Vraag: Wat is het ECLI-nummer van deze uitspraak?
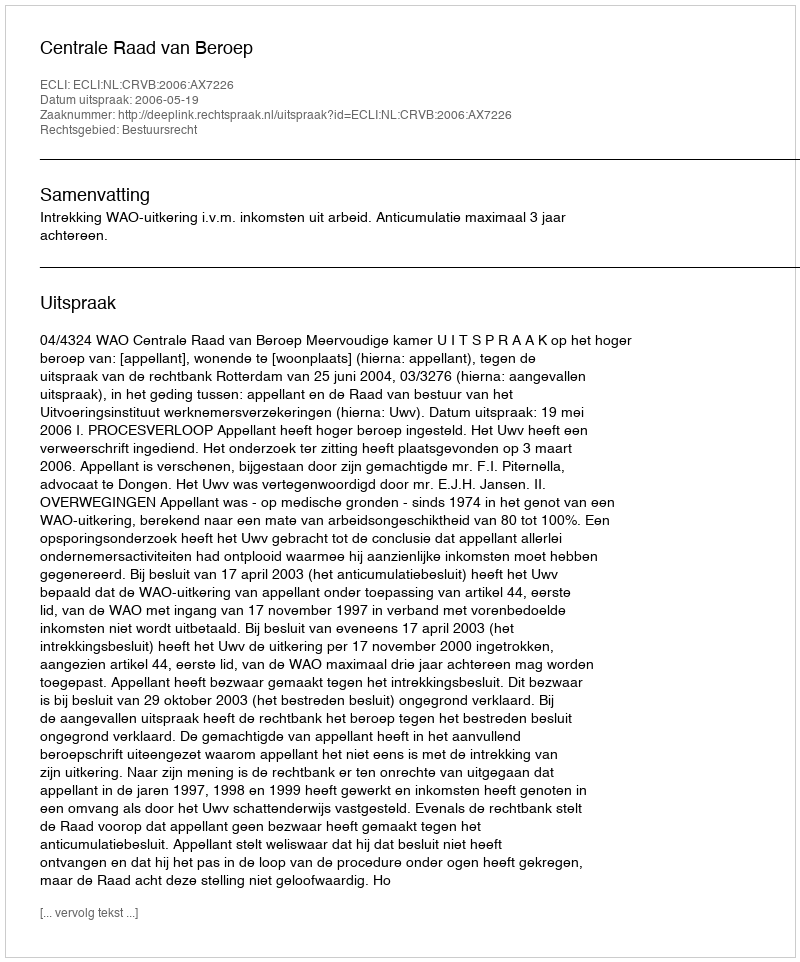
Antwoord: ECLI:NL:CRVB:2006:AX7226